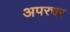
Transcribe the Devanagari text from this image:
अपरचर